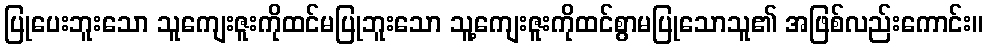
ပြုပေးဘူးသော သူကျေးဇူးကိုထင်မပြုဘူးသော သူ့ကျေးဇူးကိုထင်စွာမပြုသောသူ၏ အဖြစ်လည်းကောင်း။